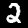
Digit: 2